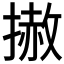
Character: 𢲳